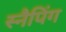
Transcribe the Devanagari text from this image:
स्नैपिंग